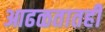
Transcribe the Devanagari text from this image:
आढळतातही